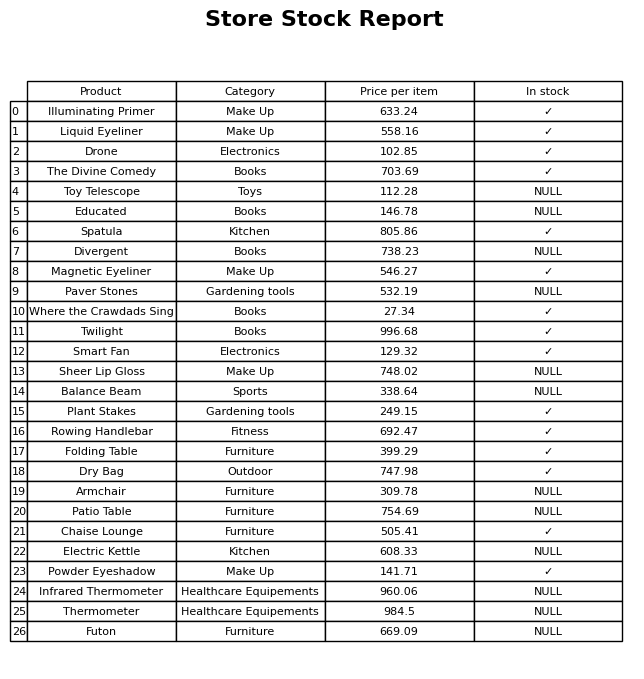
question: What is the price for Twilight?
answer: The price of Twilight is 996.68.